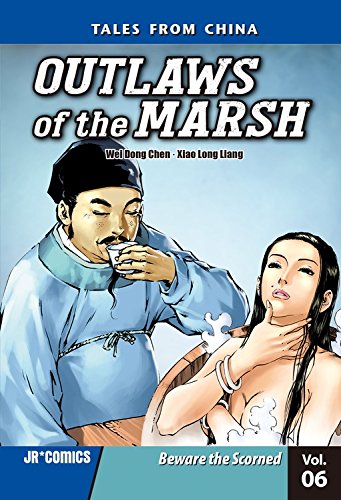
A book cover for Outlaws of the Marsh 6: Beware the Scorned; Wei Dong Chen; Teen & Young Adult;